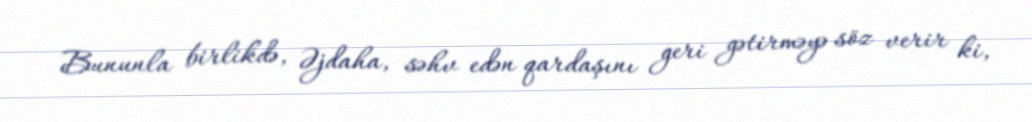
Bununla birlikdə, Əjdaha, səhv edən qardaşını geri gətirməyə söz verir ki,